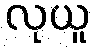
လုယူ